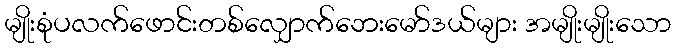
မျိုးစုံပလက်ဖောင်းတစ်လျှောက်ဘေးမော်ဒယ်များ အမျိုးမျိုးသော